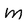
Character: m